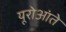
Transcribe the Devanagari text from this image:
यूरोआंते